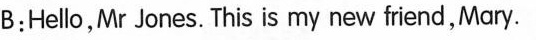
B;Hello,Mr Jones. This is my new fiend,Mary.